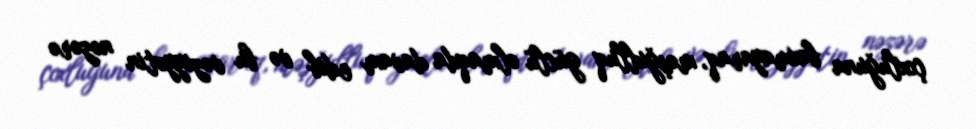
çoxluğuna baxmayaraq, məşğulluq güclü olmaqda davam edib və bu vəziyyətin nəzərə